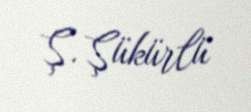
Ş. Şükürlü